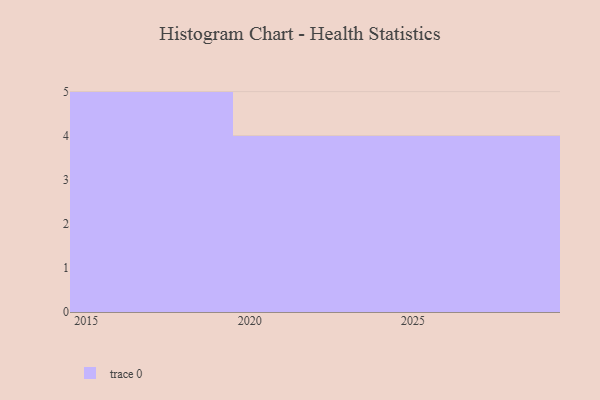
{"axis": {"x": "Year", "y": "Revenue (USD Million)"}, "legend": [""], "data": [{"x": "2018", "y": 48, "type": ""}, {"x": "2022", "y": 34, "type": ""}, {"x": "2020", "y": 88, "type": ""}, {"x": "2019", "y": 14, "type": ""}, {"x": "2028", "y": 96, "type": ""}, {"x": "2026", "y": 77, "type": ""}, {"x": "2021", "y": 34, "type": ""}, {"x": "2029", "y": 45, "type": ""}, {"x": "2024", "y": 44, "type": ""}, {"x": "2015", "y": 86, "type": ""}, {"x": "2025", "y": 66, "type": ""}, {"x": "2017", "y": 1, "type": ""}, {"x": "2016", "y": 59, "type": ""}]}